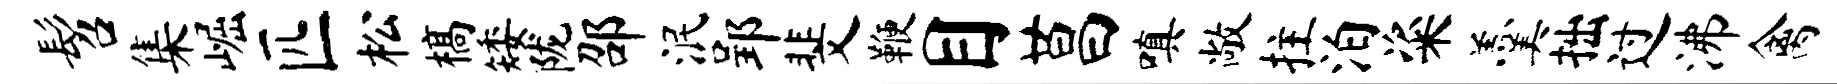
髫集崛匹松槁矮陇邵泯郢斐鞭目莒嗔敞拄泊粢羹拙过沸禽